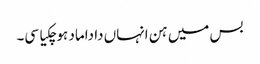
بس میں ہن انہاں دا داماد ہوچکیا سی۔